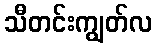
သီတင်းကျွတ်လ